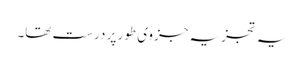
یہ تجزیہ جزوی طور پر درست تھا۔